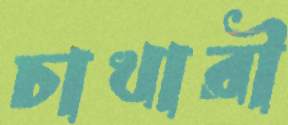
চাখারী